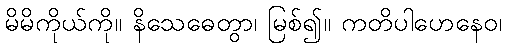
မိမိကိုယ်ကို။ နိသေဓေတွာ၊ မြစ်၍။ ကတိပါဟေနေဝ၊